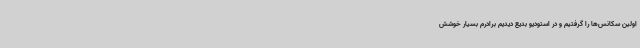
اولین سکانس‌ها را گرفتیم و در استودیو بدیع دیدیم برادرم بسیار خوشش